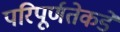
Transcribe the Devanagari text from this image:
परिपूर्णतेकडे